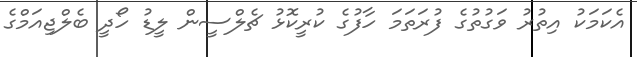
އެކަމަކު އިތުރު ވަގުތުގެ ފުރަތަމަ ހާފުގެ ކުރީކޮޅު ޗެލްސީން ލީޑު ހޯދީ ބެލްޖިއަމްގެ